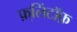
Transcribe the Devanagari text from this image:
फ़्लिंटॉफ़